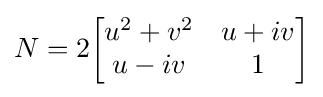
N=2{\begin{bmatrix}u^{2}+v^{2}&u+iv\\u-iv&1\end{bmatrix}}